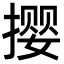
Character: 撄